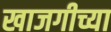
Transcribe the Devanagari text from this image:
खाजगीच्या